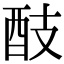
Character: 䣫